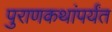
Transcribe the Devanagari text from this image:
पुराणकथांपर्यंत